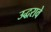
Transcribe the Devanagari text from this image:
उद्धरावे